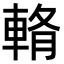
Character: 𨌖